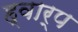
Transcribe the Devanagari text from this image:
ह्वार्प